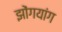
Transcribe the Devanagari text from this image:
झोंगयांग